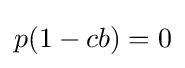
p(1-cb)=0